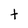
Character: t